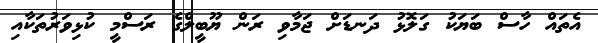
އެތައް ހާސް ބަޔަކު ގަލޮޅު ދަނޑަށް ޖަމާވި ރަން ޔޫބީލްގެ ރަސްމީ ކުޅިވަރުތަކާއި